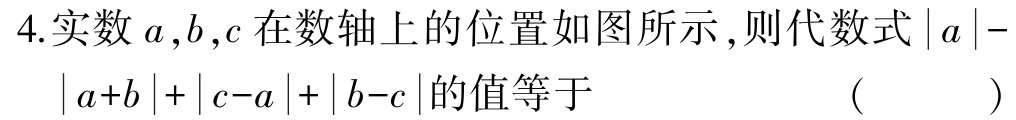
4.实数\(a,b,c\)在数轴上的位置如图所示,则代数式\(\vert a\vert - \vert a + b\vert+\vert c - a\vert+\vert b - c\vert\)的值等于 （  ）